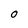
Character: 0